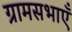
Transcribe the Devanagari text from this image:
ग्रामसभाएँ